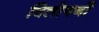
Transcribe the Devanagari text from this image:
विलोपनों